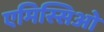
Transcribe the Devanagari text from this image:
एमिस्सिओं